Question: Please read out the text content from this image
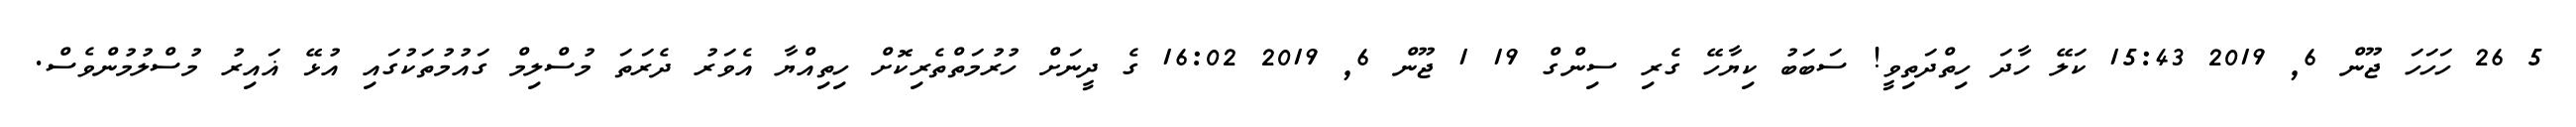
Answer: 5 26 ހަހަހަ ޖޫން 6, 2019 15:43 ކަލޭ ހާދަ ހިތްދަތިވީ! ސަބަބު ކިޔާހޭ ގެރި ސިންގް 19 1 ޖޫން 6, 2019 16:02 ގެ ދީނަށް ހުރުމަތްތެރިކޮށް ހިތިއްޔާ އެވަރު ދެރަތަ މުސްލިމް ގައުމުތަކުގައި އުޅޭ ޣައިރު މުސްލުމުންވެސް.